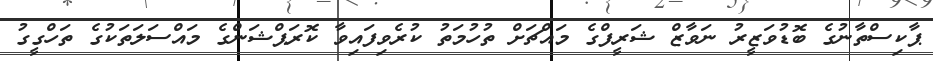
ޕާކިސްތާނުގެ ބޮޑުވަޒީރު ނަވާޒް ޝަރީފްގެ މައްޗަށް ތުހުމަތު ކުރެވިފައިވާ ކޮރަޕްޝަންގެ މައްސަލަތަކުގެ ތަހްގީގު